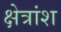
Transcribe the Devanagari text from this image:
क्षेत्रांश